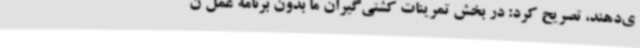
ی‌دهند، تصریح کرد: در بخش تمرینات کشتی‌گیران ما بدون برنامه عمل ن